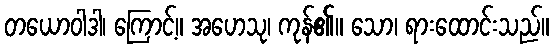
တယောဝါဒါ၊ ကြောင့်။ အဟေသု၊ ကုန်၏။ သော၊ ရားထောင်းသည်။